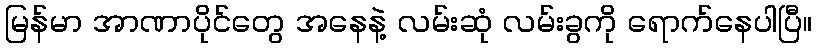
မြန်မာ အာဏာပိုင်တွေ အနေနဲ့ လမ်းဆုံ လမ်းခွကို ရောက်နေပါပြီ။